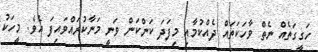
ހަގީގަތެއް ނެތް ވާހަކަތައް ދެއްކުމާއި މިފަދަ ކަންކަން ވަނީ މަނާކުރައްވައިފަ އެވެ. މީހަކު